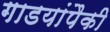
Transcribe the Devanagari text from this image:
गाडयांपैकी